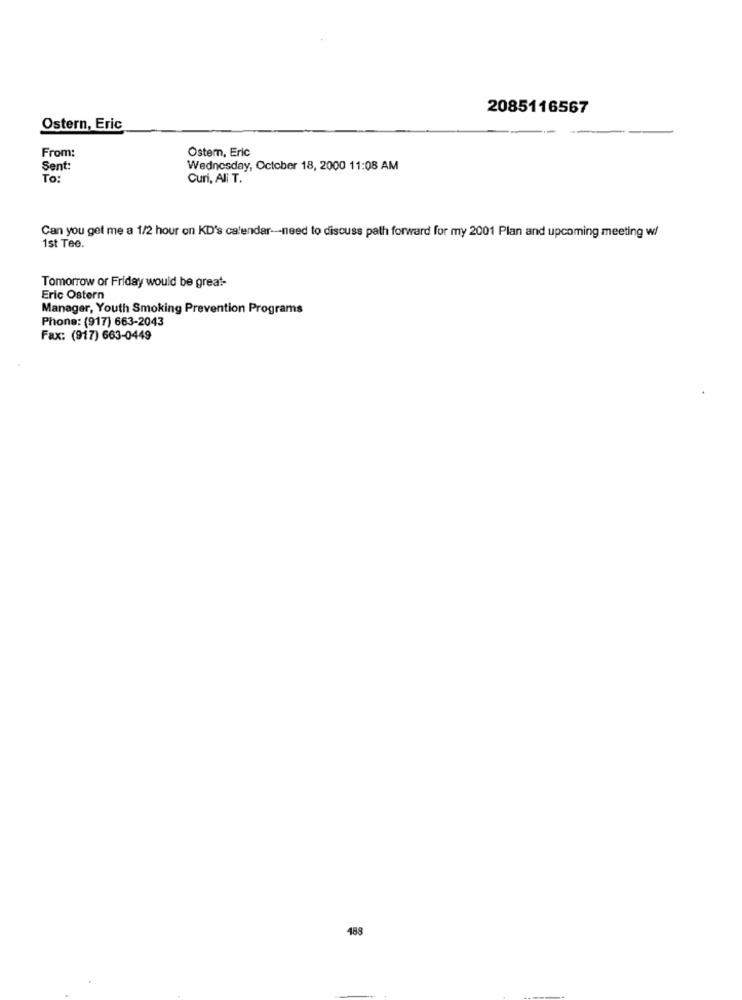
2085116567
Ostern, Eric
Ostem, Eric
From:
Sent:
Wednesday, October 18, 2000 11:08 AM
To:
Curi, Ali T."
Can you get me a 1/2 hour on KD's calendar --- need to discuss path forward for my 2001 Plan and upcoming meeting w/
1st Tee.
Tomorrow or Friday would be great-
Eric Ostern
Manager, Youth Smoking Prevention Programs
Phone: (917) 663-2043
Fax: (917) 663-0449
488